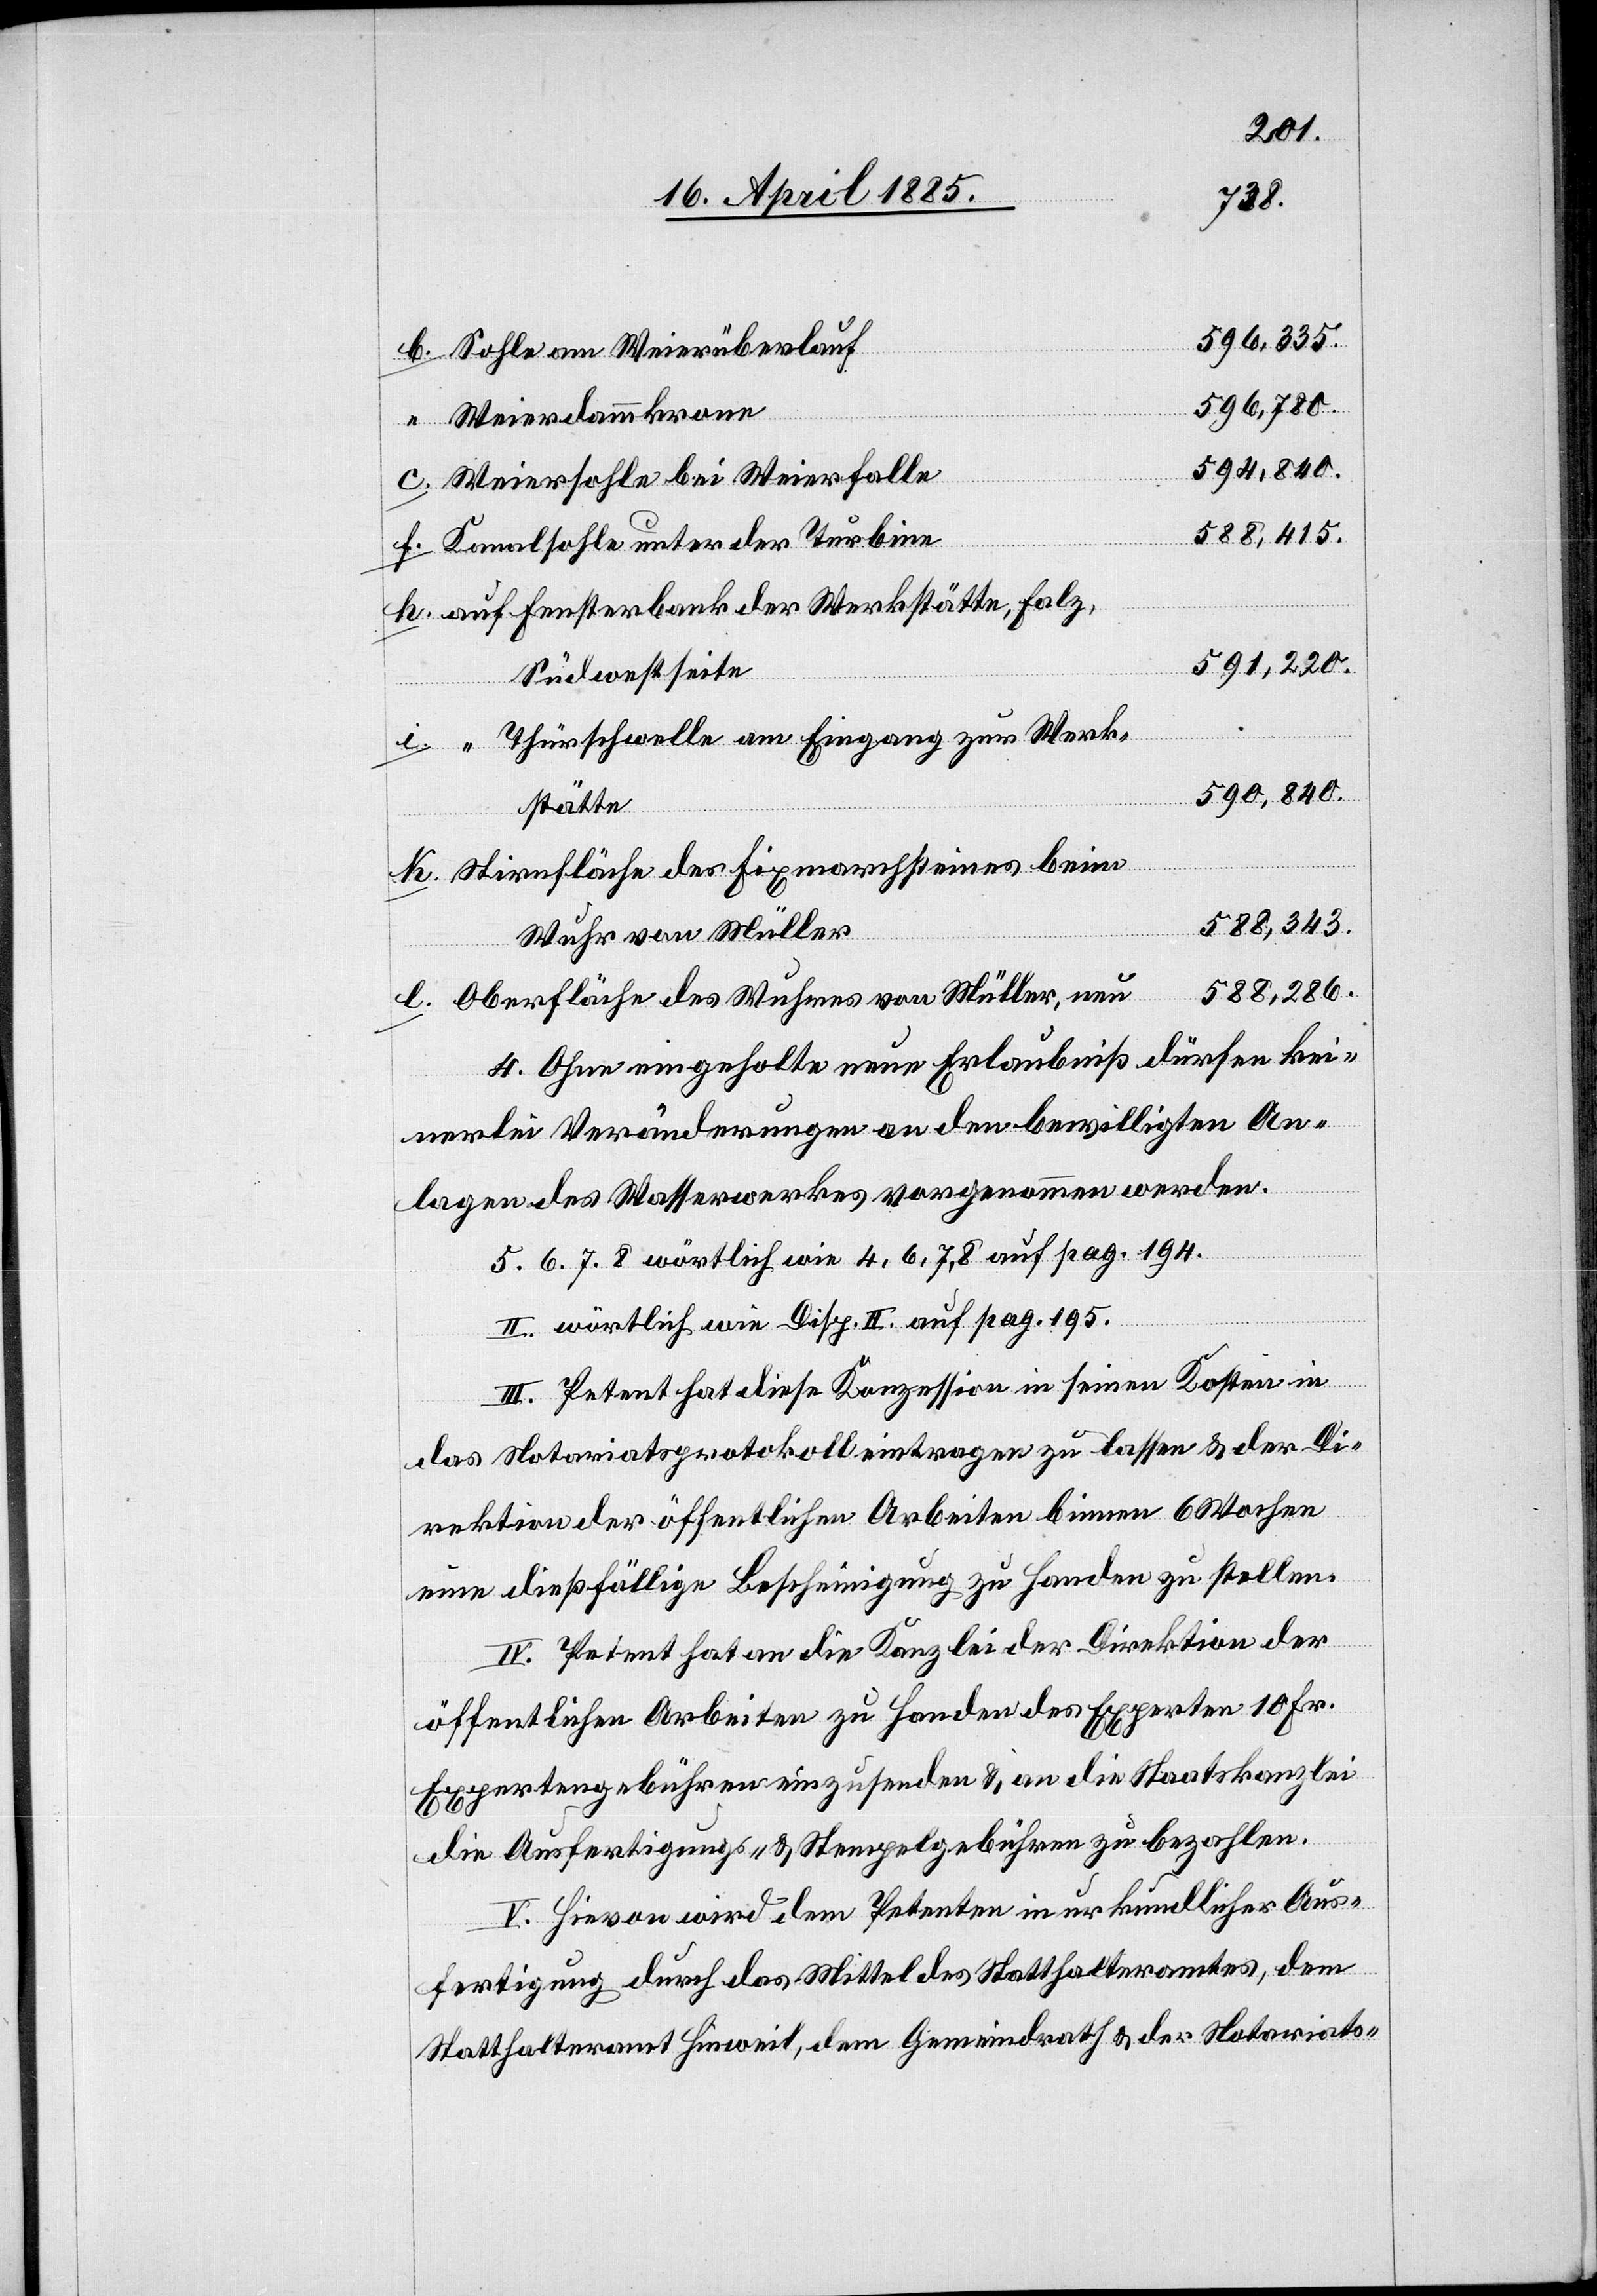
596,335.
Sohle am Weierüberlauf
596,780.
Weierdammkrone
594,840.
Weiersohle bei Weierfalle
588,415.
Kanalsohle unter der Turbine
591,220.
Südwestseite
Thürschwelle am Eingang zur Werk¬
590,840.
stätte
Stirnfläche des Fixmarchsteines beim
588,343.
Wuhr von Müller
588,286.
Oberfläche des Wuhres von Müller, neu
4. Ohne eingeholte neue Erlaubniß dürfen kei¬
nerlei Veränderungen an den bewilligten An¬
lagen des Wasserwerkes vorgenommen werden.
5. 6. 7. 8 wörtlich wie 4, 6, 7, 8 auf pag. 195.
l.
II. Wörtlich wie Disp. II auf pag. 195.
III. Petent hat diese Konzession in seinen Kosten in
das Notariatsprotokoll eintragen zu lassen & der Di¬
rektion der öffentlichen Arbeiten binnen 6 Wochen
eine dießfällige Bescheinigung zu Handen zu stellen.
IV. Petent hat an die Kanzlei der Direktion der
öffentlichen Arbeiten zu Handen des Experten 10 Fr.
Expertengebühren einzusenden & an die Staatskanzlei
die Ausfertigungs- & Stempelgebühren zu bezahlen.
V. Hievon wird dem Petenten in urkundlicher Aus¬
fertigung durch das Mittel des Statthalteramtes, dem
Statthalteramt Hinweil, dem Gemeindrath & der Notariats-

“

auf